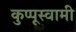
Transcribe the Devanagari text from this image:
कुप्पूस्वामी